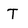
Character: T